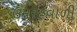
ઉમરહવાળી